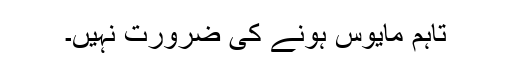
تاہم مایوس ہونے کی ضرورت نہیں۔